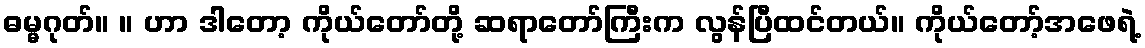
ဓမ္မဂုတ်။ ။ ဟာ ဒါတော့ ကိုယ်တော်တို့ ဆရာတော်ကြီးက လွန်ပြီထင်တယ်။ ကိုယ်တော့်အဖေရဲ့